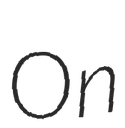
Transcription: On